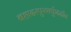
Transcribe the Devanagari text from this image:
बहादरपुरशर्फुददीन